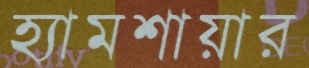
হ্যামশায়ার